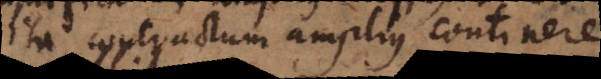
ita contractum amplius continere